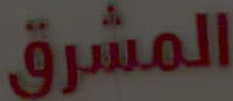
المشرق